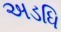
અડધિ